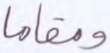
ومقاما